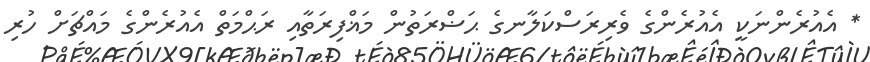
* އެއުރެންނަކީ އެއުރެންގެ ވެރިރަސްކަލާނގެ ޙަޟްރަތުން މަޣްފިރަތާއި ރަޙްމަތް އެއުރެންގެ މައްޗަށް ހުރި